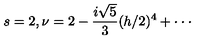
s = 2 , \nu = 2 - \frac { i \sqrt { 5 } } { 3 } ( h / 2 ) ^ { 4 } + \cdot \cdot \cdot